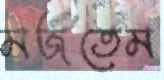
মজতেম